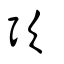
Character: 弞